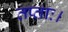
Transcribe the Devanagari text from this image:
तप्ताः।